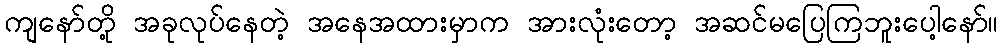
ကျနော်တို့ အခုလုပ်နေတဲ့ အနေအထားမှာက အားလုံးတော့ အဆင်မပြေကြဘူးပေါ့နော်။